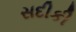
સદીકી